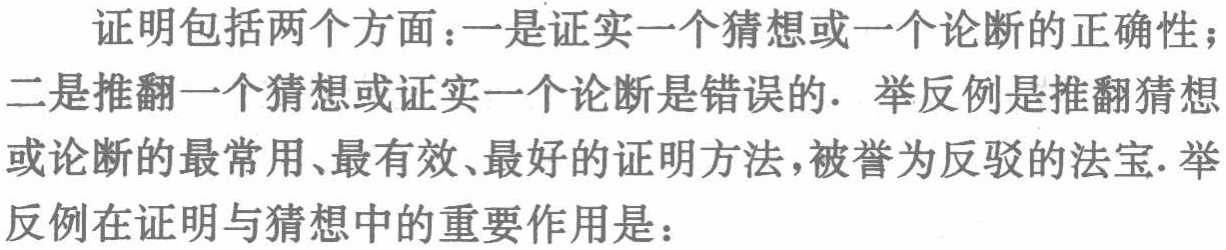
证明包括两个方面：一是证实一个猜想或一个论断的正确性；二是推翻一个猜想或证实一个论断是错误的. 举反例是推翻猜想或论断的最常用、最有效、最好的证明方法，被誉为反驳的法宝. 举反例在证明与猜想中的重要作用是：